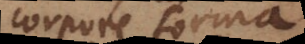
corpore forma